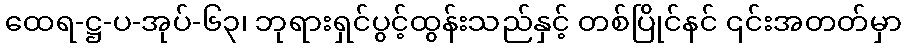
ထေရ-ဋ္ဌ-ပ-အုပ်-၆၃၊ ဘုရားရှင်ပွင့်ထွန်းသည်နှင့် တစ်ပြိုင်နင် ၎င်းအတတ်မှာ